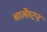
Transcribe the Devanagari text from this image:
चार्लेस्टन